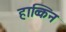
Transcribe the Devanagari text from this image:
हाव्किन